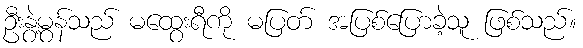
ဦးနွဲ့မွန်သည် မထွေးရီကို မပြတ် အပြစ်ပြောခဲ့သူ ဖြစ်သည်။